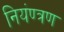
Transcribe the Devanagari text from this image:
नियंण्त्रण